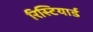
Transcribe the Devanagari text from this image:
रिस्टियार्ड